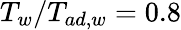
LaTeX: T_{w}/T_{ad,w}=0.8